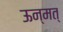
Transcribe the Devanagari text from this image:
ऊन्मत्